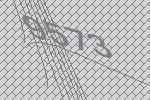
9573